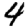
Digit: 4